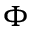
\Phi